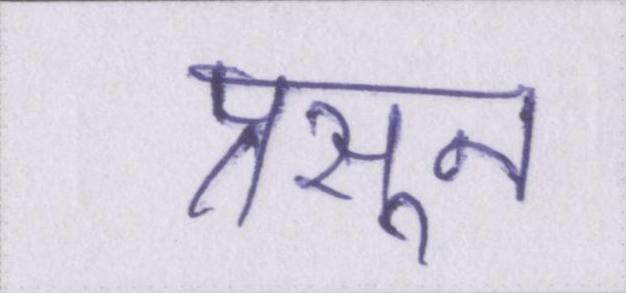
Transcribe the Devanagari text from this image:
प्रसून